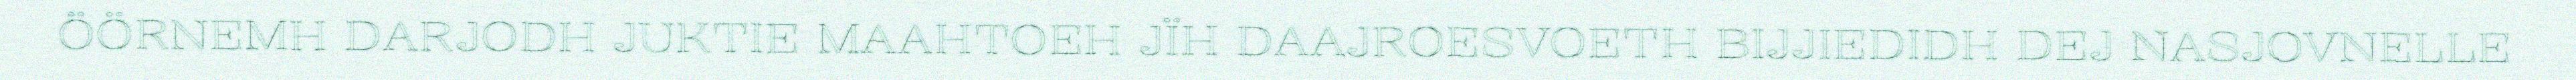
ÖÖRNEMH DARJODH JUKTIE MAAHTOEH JÏH DAAJROESVOETH BIJJIEDIDH DEJ NASJOVNELLE